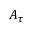
A _ { \tau }